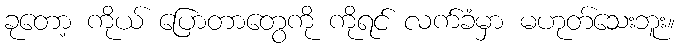
ခုတော့ ကိုယ် ပြောတာတွေကို ကိုရင် လက်ခံမှာ မဟုတ်သေးဘူး။